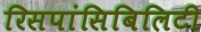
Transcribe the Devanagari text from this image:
रिसपांसिबिलिटी